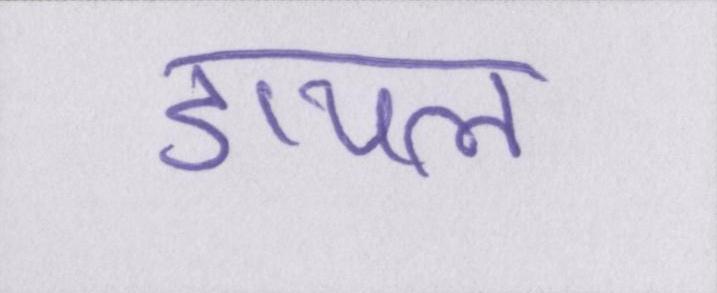
डायल